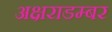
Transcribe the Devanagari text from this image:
अक्षराडम्बर